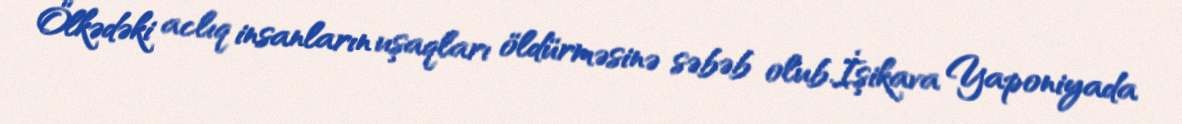
Ölkədəki aclıq insanların uşaqları öldürməsinə səbəb olub.İşikava Yaponiyada